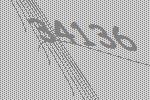
34136